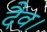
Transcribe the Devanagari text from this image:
दैव।